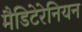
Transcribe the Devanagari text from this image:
मैडिटेरेनियन